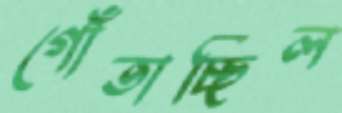
গোঁতাচ্ছিল